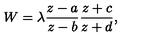
W = \lambda \frac { z - a } { z - b } \frac { z + c } { z + d } ,